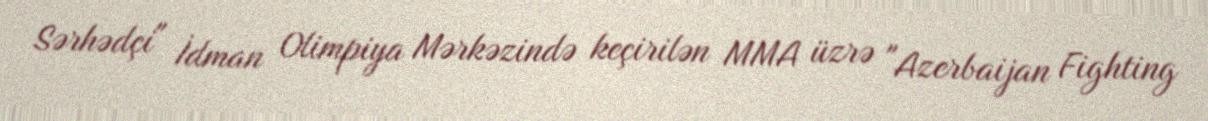
Sərhədçi" İdman Olimpiya Mərkəzində keçirilən MMA üzrə "Azerbaijan Fighting